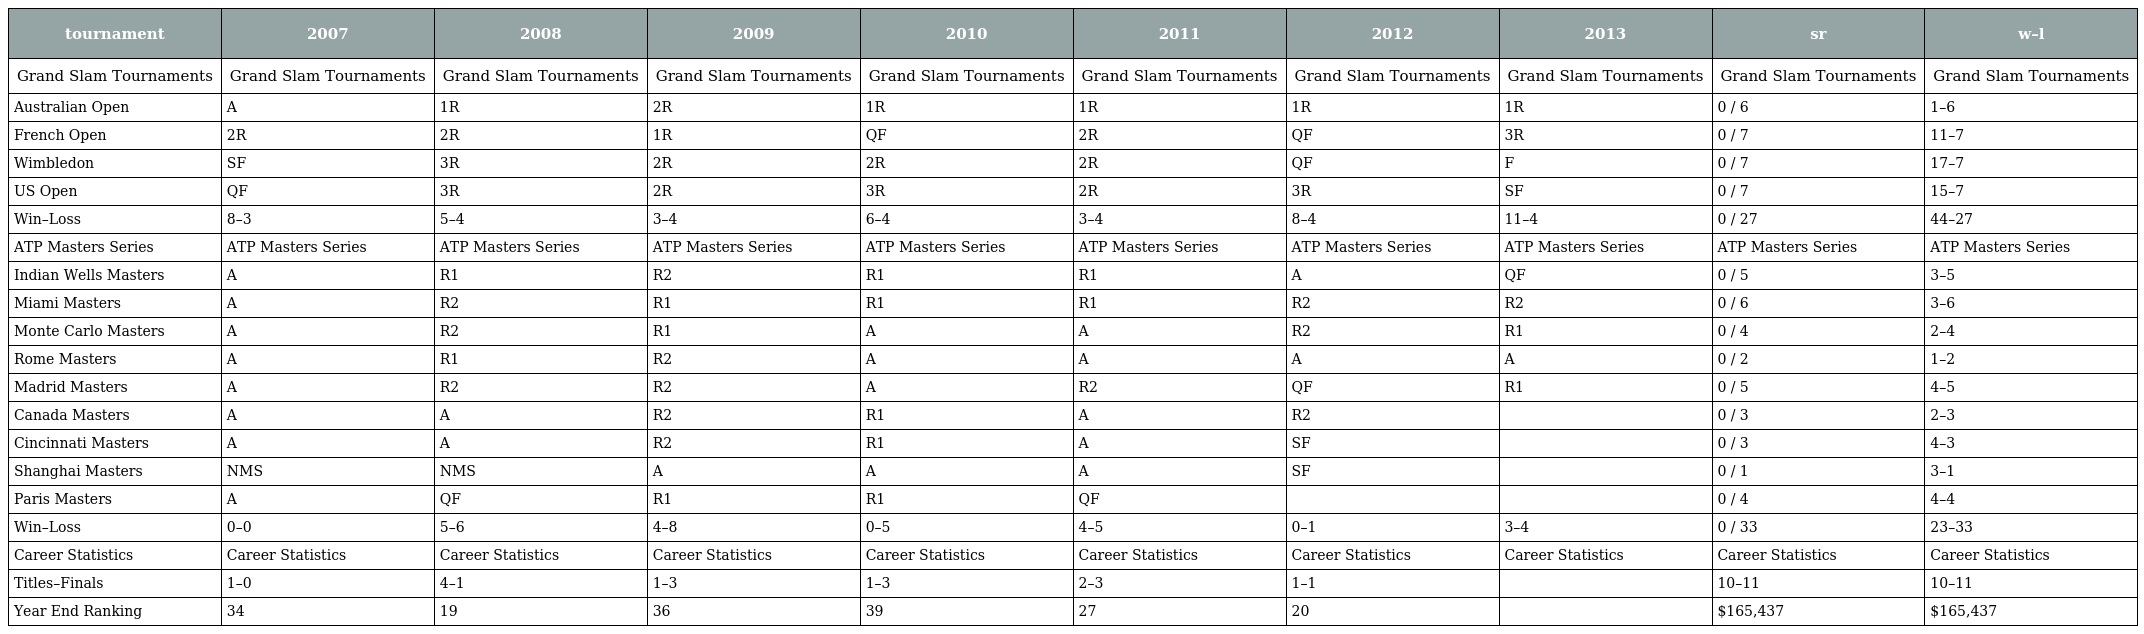
| tournament | 2007 | 2008 | 2009 | 2010 | 2011 | 2012 | 2013 | sr | w–l |
 | --- | --- | --- | --- | --- | --- | --- | --- | --- | --- |
 | Grand Slam Tournaments | Grand Slam Tournaments | Grand Slam Tournaments | Grand Slam Tournaments | Grand Slam Tournaments | Grand Slam Tournaments | Grand Slam Tournaments | Grand Slam Tournaments | Grand Slam Tournaments | Grand Slam Tournaments |
 | Australian Open | A | 1R | 2R | 1R | 1R | 1R | 1R | 0 / 6 | 1–6 |
 | French Open | 2R | 2R | 1R | QF | 2R | QF | 3R | 0 / 7 | 11–7 |
 | Wimbledon | SF | 3R | 2R | 2R | 2R | QF | F | 0 / 7 | 17–7 |
 | US Open | QF | 3R | 2R | 3R | 2R | 3R | SF | 0 / 7 | 15–7 |
 | Win–Loss | 8–3 | 5–4 | 3–4 | 6–4 | 3–4 | 8–4 | 11–4 | 0 / 27 | 44–27 |
 | ATP Masters Series | ATP Masters Series | ATP Masters Series | ATP Masters Series | ATP Masters Series | ATP Masters Series | ATP Masters Series | ATP Masters Series | ATP Masters Series | ATP Masters Series |
 | Indian Wells Masters | A | R1 | R2 | R1 | R1 | A | QF | 0 / 5 | 3–5 |
 | Miami Masters | A | R2 | R1 | R1 | R1 | R2 | R2 | 0 / 6 | 3–6 |
 | Monte Carlo Masters | A | R2 | R1 | A | A | R2 | R1 | 0 / 4 | 2–4 |
 | Rome Masters | A | R1 | R2 | A | A | A | A | 0 / 2 | 1–2 |
 | Madrid Masters | A | R2 | R2 | A | R2 | QF | R1 | 0 / 5 | 4–5 |
 | Canada Masters | A | A | R2 | R1 | A | R2 |  | 0 / 3 | 2–3 |
 | Cincinnati Masters | A | A | R2 | R1 | A | SF |  | 0 / 3 | 4–3 |
 | Shanghai Masters | NMS | NMS | A | A | A | SF |  | 0 / 1 | 3–1 |
 | Paris Masters | A | QF | R1 | R1 | QF |  |  | 0 / 4 | 4–4 |
 | Win–Loss | 0–0 | 5–6 | 4–8 | 0–5 | 4–5 | 0–1 | 3–4 | 0 / 33 | 23–33 |
 | Career Statistics | Career Statistics | Career Statistics | Career Statistics | Career Statistics | Career Statistics | Career Statistics | Career Statistics | Career Statistics | Career Statistics |
 | Titles–Finals | 1–0 | 4–1 | 1–3 | 1–3 | 2–3 | 1–1 |  | 10–11 | 10–11 |
 | Year End Ranking | 34 | 19 | 36 | 39 | 27 | 20 |  | $165,437 | $165,437 |